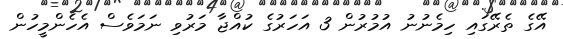
އޭގެ ތެރޭގައި ހިމެނުނު އުމުރުން 3 އަހަރުގެ ކުއްޖާ މަރުވި ނަމަވެސް އެހެންމީހުން